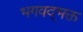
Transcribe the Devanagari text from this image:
भगवद्‌भक्त